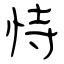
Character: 恃